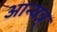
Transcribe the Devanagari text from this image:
आन्यत्र्